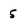
Character: 5